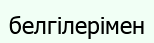
белгілерімен